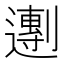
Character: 𬩒